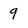
Character: 9